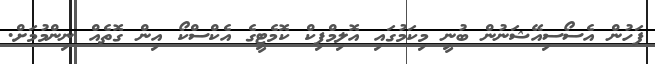
ފަހުން އެސޯސިއޭޝަނުން ބުނީ މިކަމުގައި އޮލިމްޕިކް ކޮމެޓީގެ އެކްސްކޯ އިން ގޮތެއް ނިންމުމަށް.